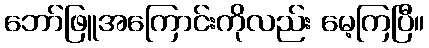
ဘော်ဖြူအကြောင်းကိုလည်း မေ့ကြပြီ။